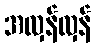
အလှန်လှန်